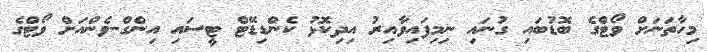
މިހާތަނަށް ވޯޓްގެ ބޮޑުބައި ގުނައި ނިމިފައިވާއިރު އިދިކޮޅު ކެންޑިޑޭޓް ޓީސައި އިންގް-ވެންއަށް ވޯޓްގެ